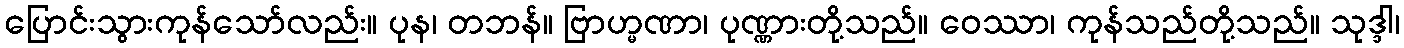
ပြောင်းသွားကုန်သော်လည်း။ ပုန၊ တဘန်။ ဗြာဟ္မဏာ၊ ပုဏ္ဏားတို့သည်။ ဝေဿာ၊ ကုန်သည်တို့သည်။ သုဒ္ဒါ၊